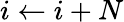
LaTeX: i\gets i+N